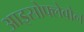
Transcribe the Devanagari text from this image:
आइसोफ्लेवोन